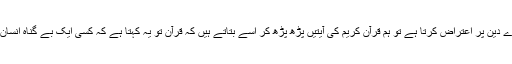
جب بھی کوئی اس صورت حال کی بنیاد پر ہمارے دین پر اعتراض کرتا ہے تو ہم قرآن کریم کی آیتیں پڑھ پڑھ کر اسے بتاتے ہیں کہ قرآن تو یہ کہتا ہے کہ کسی ایک بے گناہ انسان کا خون ساری انسانیت کے قتل کے مترادف ہے۔